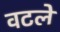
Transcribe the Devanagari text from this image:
वटले